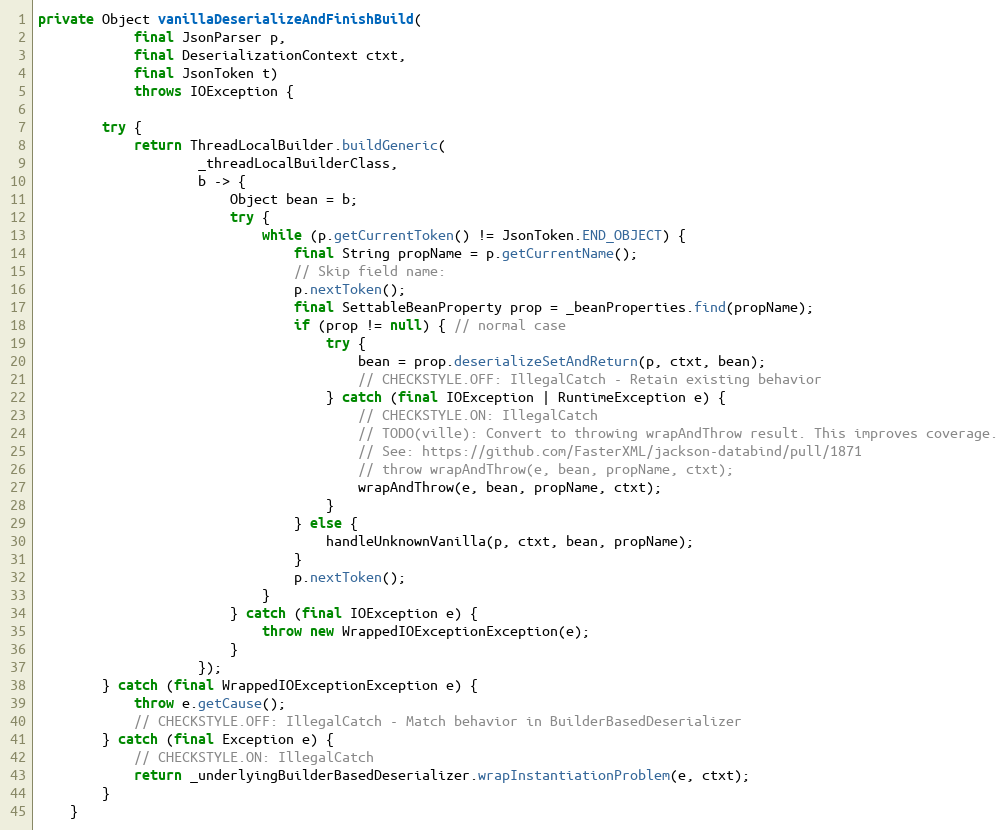
Language: Java
private Object vanillaDeserializeAndFinishBuild(
            final JsonParser p,
            final DeserializationContext ctxt,
            final JsonToken t)
            throws IOException {

        try {
            return ThreadLocalBuilder.buildGeneric(
                    _threadLocalBuilderClass,
                    b -> {
                        Object bean = b;
                        try {
                            while (p.getCurrentToken() != JsonToken.END_OBJECT) {
                                final String propName = p.getCurrentName();
                                // Skip field name:
                                p.nextToken();
                                final SettableBeanProperty prop = _beanProperties.find(propName);
                                if (prop != null) { // normal case
                                    try {
                                        bean = prop.deserializeSetAndReturn(p, ctxt, bean);
                                        // CHECKSTYLE.OFF: IllegalCatch - Retain existing behavior
                                    } catch (final IOException | RuntimeException e) {
                                        // CHECKSTYLE.ON: IllegalCatch
                                        // TODO(ville): Convert to throwing wrapAndThrow result. This improves coverage.
                                        // See: https://github.com/FasterXML/jackson-databind/pull/1871
                                        // throw wrapAndThrow(e, bean, propName, ctxt);
                                        wrapAndThrow(e, bean, propName, ctxt);
                                    }
                                } else {
                                    handleUnknownVanilla(p, ctxt, bean, propName);
                                }
                                p.nextToken();
                            }
                        } catch (final IOException e) {
                            throw new WrappedIOExceptionException(e);
                        }
                    });
        } catch (final WrappedIOExceptionException e) {
            throw e.getCause();
            // CHECKSTYLE.OFF: IllegalCatch - Match behavior in BuilderBasedDeserializer
        } catch (final Exception e) {
            // CHECKSTYLE.ON: IllegalCatch
            return _underlyingBuilderBasedDeserializer.wrapInstantiationProblem(e, ctxt);
        }
    }